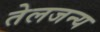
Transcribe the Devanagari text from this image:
तेलजन्य